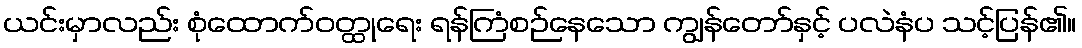
ယင်းမှာလည်း စုံထောက်ဝတ္ထုရေး ရန်ကြံစဉ်နေသော ကျွန်တော်နှင့် ပလဲနံပ သင့်ပြန်၏။